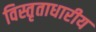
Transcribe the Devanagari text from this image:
विस्तृताधारीय